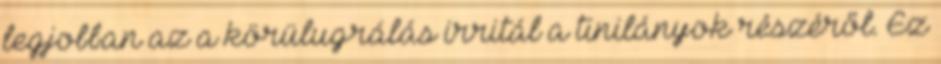
legjobban az a körülugrálás irritál a tinilányok részéről. Ez